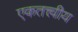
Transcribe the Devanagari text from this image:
एकतत्त्वीय